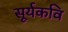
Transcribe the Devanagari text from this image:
सूर्यकवि